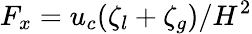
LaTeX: F_{x}=u_{c}(\zeta_{l}+\zeta_{g})/H^{2}